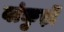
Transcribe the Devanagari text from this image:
बांकुड़ों